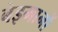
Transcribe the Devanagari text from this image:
बेइमानों